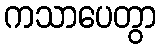
ကသာပေတွာ